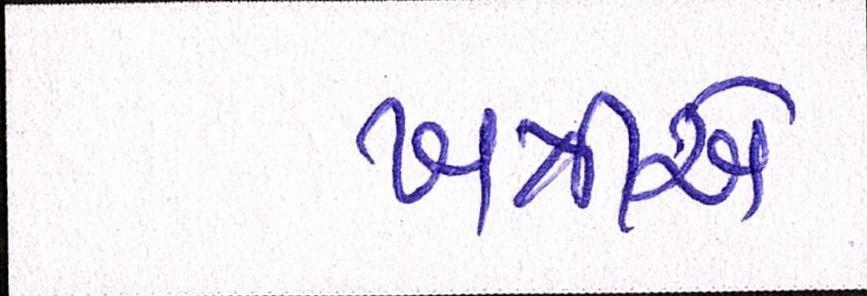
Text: ખત્રીએ